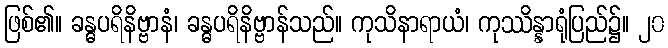
ဖြစ်၏။ ခန္ဓပရိနိဗ္ဗာနံ၊ ခန္ဓပရိနိဗ္ဗာန်သည်။ ကုသိနာရာယံ၊ ကုဿိန္နာရုံပြည်၌။ ၂၀